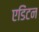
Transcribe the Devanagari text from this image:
एडिंटन